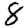
Digit: 8